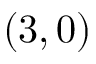
( 3 , 0 )